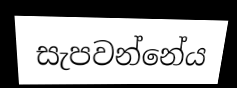
සැපවන්නේය